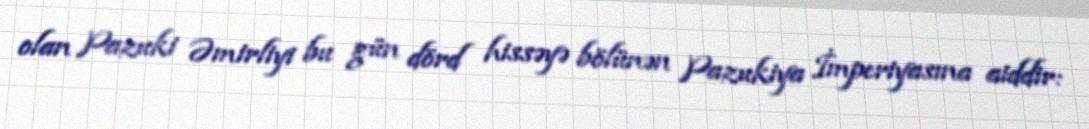
olan Pazuki Əmirliyi bu gün dörd hissəyə bölünən Pazukiya İmperiyasına aiddir: